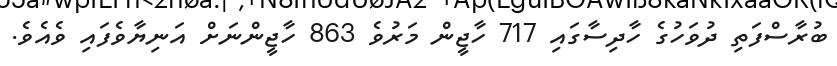
ބުރާސްފަތި ދުވަހުގެ ހާދިސާގައި 717 ހާޖީން މަރުވެ 863 ހާޖީންނަށް އަނިޔާވެފައި ވެއެވެ.